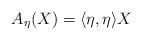
LaTeX: \begin{align*}A_{\eta}(X)=\langle \eta, \eta\rangle X\end{align*}